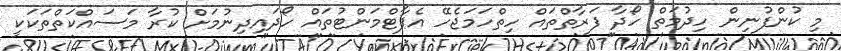
މި ކުންފުނިން ހިދުމަތް ހޯދާ ފަރާތްތައް ހިތްހަމަޖެހޭ އެޕާޓްމަންޓުތައް ހޯދައިދިނުމަށް ކުރާ މަސައްކަތްތަކަކީ